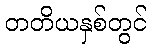
တတိယနှစ်တွင်